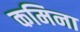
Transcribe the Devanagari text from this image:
कमिना